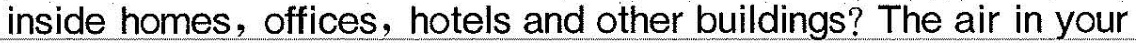
inside homes,offices, hotels and other buildings? The air in your